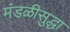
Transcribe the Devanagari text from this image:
मंडळीसुद्धा